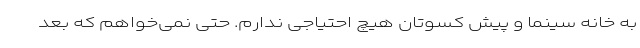
به خانه سینما و پیش کسوتان هیچ احتیاجی ندارم. حتی نمی‌خواهم که بعد